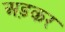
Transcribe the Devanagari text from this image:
अड़कर